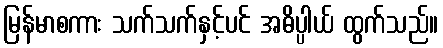
မြန်မာစကား သက်သက်နှင့်ပင် အဓိပ္ပါယ် ထွက်သည်။